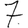
Digit: 7